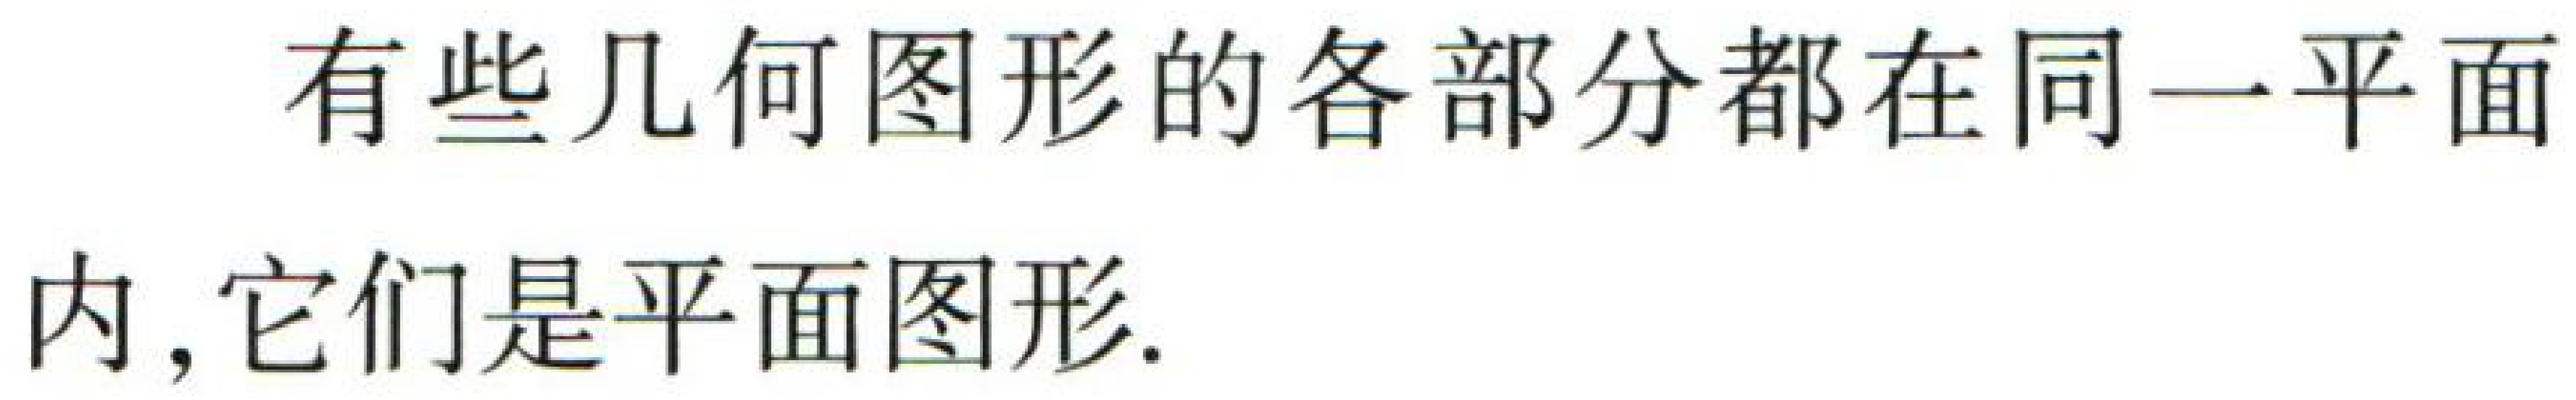
有些几何图形的各部分都在同一平面内, 它们是平面图形.